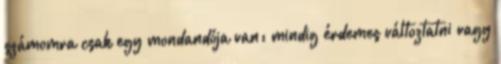
számomra csak egy mondandója van: mindig érdemes változtatni vagy